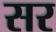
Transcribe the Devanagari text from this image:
सर